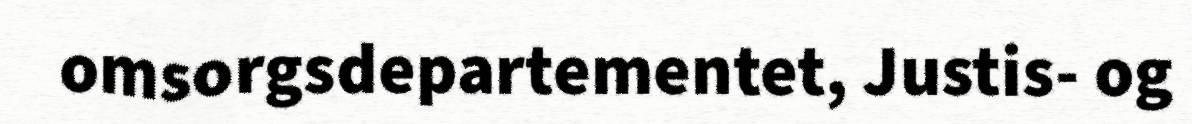
omsorgsdepartementet, Justis- og